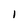
Character: I